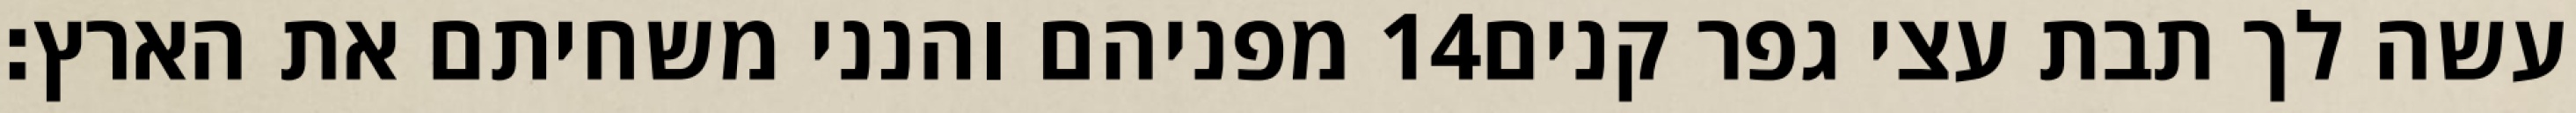
מפניהם והנני משחיתם את הארץ׃ ‎14‏ עשה לך תבת עצי גפר קנים